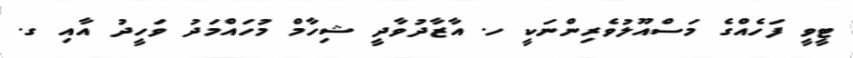
ޓީވީ ފަހެއްގެ މަސްއޫލުވެރިންނަކީ ހ. އާޒާދުވާދީ ޝިހާމް މުހައްމަދު ވަހީދު އާއި ގ.